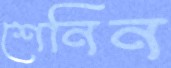
শেনিন